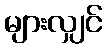
များလျှင်